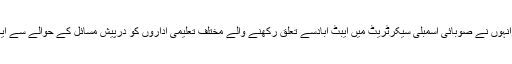
ان خیالات کا اظہارانہوں نے صوبائی اسمبلی سیکرٹریٹ میں ایبٹ آبادسے تعلق رکھنے والے مختلف تعلیمی اداروں کو درپیش مسائل کے حوالے سے ایک اجلاس میں کیا ۔